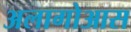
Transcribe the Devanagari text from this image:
अलागोआस